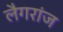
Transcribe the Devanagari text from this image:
लैगरांज